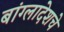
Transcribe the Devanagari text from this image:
बांग्लादेशचे